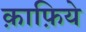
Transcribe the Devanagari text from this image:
क़ाफ़िये